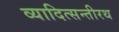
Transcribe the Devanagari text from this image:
व्यादित्सन्तीरथ